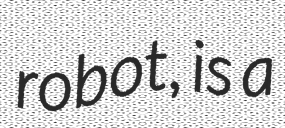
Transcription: robot, is a